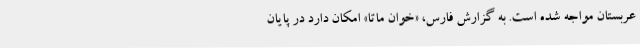
عربستان مواجه شده است. به گزارش فارس، «خوان ماتا» امکان دارد در پایان